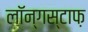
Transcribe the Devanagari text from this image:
लॉन्गस्टाफ़